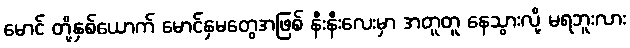
မောင် တို့နှစ်ယောက် မောင်နှမတွေအဖြစ် နီးနီးလေးမှာ အတူတူ နေသွားလို့ မရဘူးလား